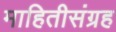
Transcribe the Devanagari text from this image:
माहितीसंग्रह